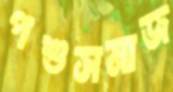
পশুসমাজ